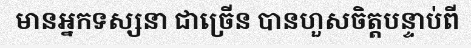
មានអ្នកទស្សនា ជាច្រើន បានហួសចិត្តបន្ទាប់ពី